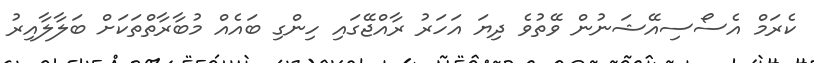
ކެރަމް އެސޯސިއޭޝަނުން ވޭތުވެ ދިޔަ އަހަރު ރާއްޖޭގައި ހިންގި ބައެއް މުބާރާތްތަކަށް ބަލާލާއިރު